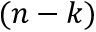
( n - k )